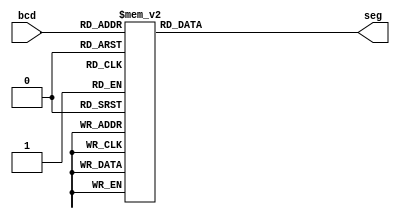
`timescale 1ns / 1ps
//////////////////////////////////////////////////////////////////////////////////
// Company: 
// Engineer: 
// 
// Design Name: 
// Module Name:    Decoder 
// Project Name: 
// Target Devices: 
// Tool versions: 
// Description: 
//
// Dependencies: 
//
// Revision: 
// Revision 0.01 - File Created
// Additional Comments: 
//
//////////////////////////////////////////////////////////////////////////////////
module Decoder(
    input [3:0] bcd,
    output [6:0] seg
    );
	 
	 reg [6:0] sReg;
	 
	 assign seg = sReg;
	 
	 always @(*) begin
		case(bcd)
			4'd0: sReg <= 7'b0111111;
			4'd1: sReg <= 7'b0000110;
			4'd2: sReg <= 7'b1011011;
			4'd3: sReg <= 7'b1001111;
			4'd4: sReg <= 7'b1100110;
			4'd5: sReg <= 7'b1101101;
			4'd6: sReg <= 7'b1111101;
			4'd7: sReg <= 7'b0000111;
			4'd8: sReg <= 7'b1111111;
			4'd9: sReg <= 7'b1101111;
			4'd10: sReg <= 7'b1110111;
			4'd11: sReg <= 7'b0011111;
			4'd12: sReg <= 7'b1001110;
			4'd13: sReg <= 7'b0111101;
			4'd14: sReg <= 7'b1001111;
			4'd15: sReg <= 7'b1000111;
		endcase
	 end
endmodule